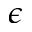
\epsilon